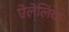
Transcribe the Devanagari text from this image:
ऐलेलिक